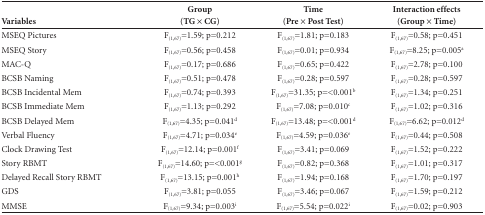
<table><thead><tr><td><b>Variables</b></td><td><b>Group (TG × CG)</b></td><td><b>Time (Pre × Post Test)</b></td><td><b>Interaction effects (Group × Time)</b></td></tr></thead><tbody><tr><td>MSEQ Pictures</td><td>F<sub>(1,67)</sub>=1.59; p=0.212</td><td>F<sub>(1,67)</sub>=1.81; p=0.183</td><td>F<sub>(1,67)</sub>=0.58; p=0.451</td></tr><tr><td>MSEQ Story</td><td>F<sub>(1,67)</sub>=0.56; p=0.458</td><td>F<sub>(1,67)</sub>=0.01; p=0.934</td><td>F<sub>(1,67)</sub>=8.25; p=0.005<sup>a</sup></td></tr><tr><td>MAC-Q</td><td>F<sub>(1,67)</sub>=0.17; p=0.686</td><td>F<sub>(1,67)</sub>=0.65; p=0.422</td><td>F<sub>(1,67)</sub>=2.78; p=0.100</td></tr><tr><td>BCSB Naming</td><td>F<sub>(1,67)</sub>=0.51; p=0.478</td><td>F<sub>(1,67)</sub>=0.28; p=0.597</td><td>F<sub>(1,67)</sub>=0.28; p=0.597</td></tr><tr><td>BCSB Incidental Mem</td><td>F<sub>(1,67)</sub>=0.74; p=0.393</td><td>F<sub>(1,67)</sub>=31.35; p=&lt;0.001<sup>b</sup></td><td>F<sub>(1,67)</sub>=1.34; p=0.251</td></tr><tr><td>BCSB Immediate Mem</td><td>F<sub>(1,67)</sub>=1.13; p=0.292</td><td>F<sub>(1,67)</sub>=7.08; p=0.010<sup>c</sup></td><td>F<sub>(1,67)</sub>=1.02; p=0.316</td></tr><tr><td>BCSB Delayed Mem</td><td>F<sub>(1,67)</sub>=4.35; p=0.041<sup>d</sup></td><td>F<sub>(1,67)</sub>=13.48; p=&lt;0.001<sup>d</sup></td><td>F<sub>(1,67)</sub>=6.62; p=0.012<sup>d</sup></td></tr><tr><td>Verbal Fluency</td><td>F<sub>(1,67)</sub>=4.71; p=0.034<sup>e</sup></td><td>F<sub>(1,67)</sub>=4.59; p=0.036<sup>e</sup></td><td>F<sub>(1,67)</sub>=0.44; p=0.508</td></tr><tr><td>Clock Drawing Test</td><td>F<sub>(1,67)</sub>=12.14; p=0.001<sup>f</sup></td><td>F<sub>(1,67)</sub>=3.41; p=0.069</td><td>F<sub>(1,67)</sub>=1.52; p=0.222</td></tr><tr><td>Story RBMT</td><td>F<sub>(1,67)</sub>=14.60; p=&lt;0.001<sup>g</sup></td><td>F<sub>(1,67)</sub>=0.82; p=0.368</td><td>F<sub>(1,67)</sub>=1.01; p=0.317</td></tr><tr><td>Delayed Recall Story RBMT</td><td>F<sub>(1,67)</sub>=13.15; p=0.001<sup>h</sup></td><td>F<sub>(1,67)</sub>=1.94; p=0.168</td><td>F<sub>(1,67)</sub>=1.70; p=0.197</td></tr><tr><td>GDS</td><td>F<sub>(1,67)</sub>=3.81; p=0.055</td><td>F<sub>(1,67)</sub>=3.46; p=0.067</td><td>F<sub>(1,67)</sub>=1.59; p=0.212</td></tr><tr><td>MMSE</td><td>F<sub>(1,67)</sub>=9.34; p=0.003<sup>i</sup></td><td>F<sub>(1,67)</sub>=5.54; p=0.022<sup>i</sup></td><td>F<sub>(1,67)</sub>=0.02; p=0.903</td></tr></tbody></table>